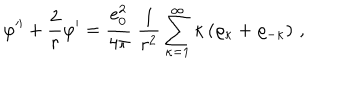
\varphi ^ { \prime \prime } + \frac { 2 } { r } \varphi ^ { \prime } = \frac { e _ { 0 } ^ { 2 } } { 4 \pi } \; \frac { 1 } { r ^ { 2 } } \sum _ { \kappa = 1 } ^ { \infty } \kappa \left( \varrho _ { \kappa } + \varrho _ { - \kappa } \right) \, ,